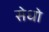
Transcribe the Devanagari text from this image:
सेधो